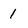
Character: i